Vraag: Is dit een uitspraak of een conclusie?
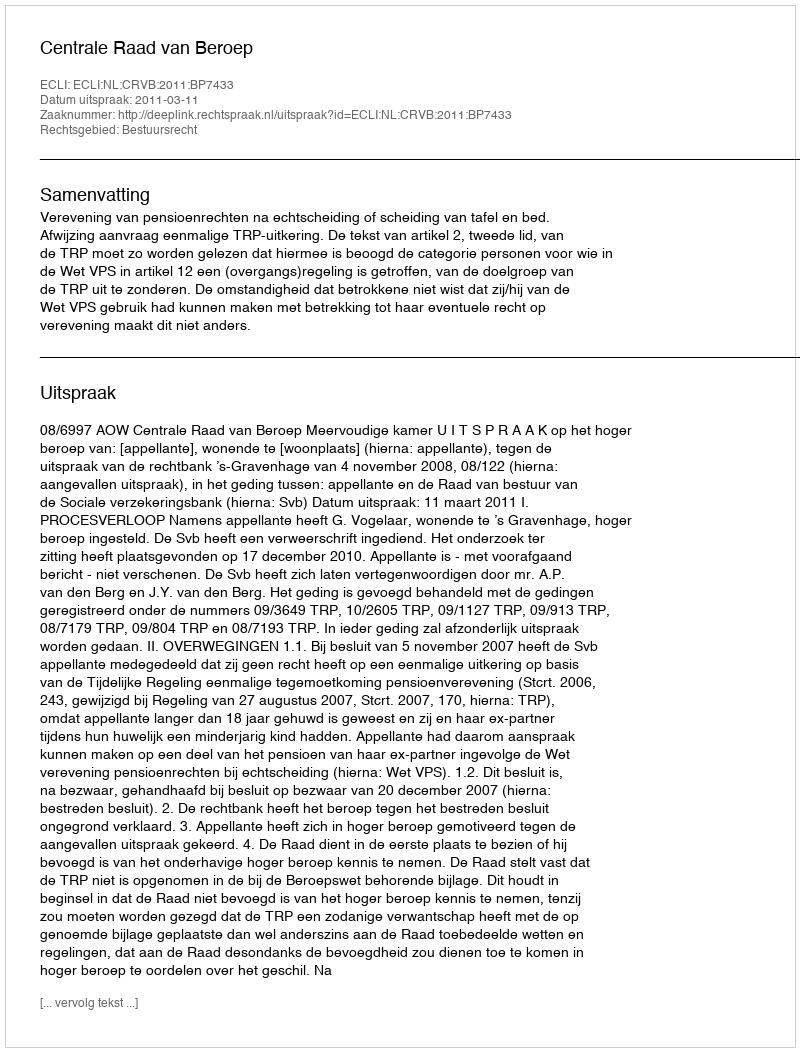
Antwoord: Uitspraak